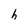
Character: h